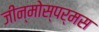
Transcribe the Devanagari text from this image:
जीन्मोस्पर्मस